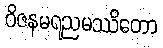
ဝိဇနမရညမဿိတော